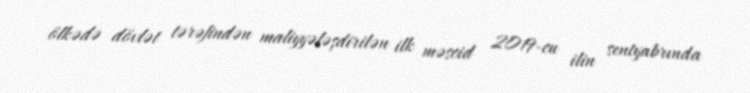
ölkədə dövlət tərəfindən maliyyələşdirilən ilk məscid 2019-cu ilin sentyabrında